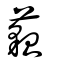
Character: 藐